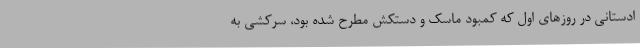
ادستانی در روزهای اول که کمبود ماسک و دستکش مطرح شده بود، سرکشی به